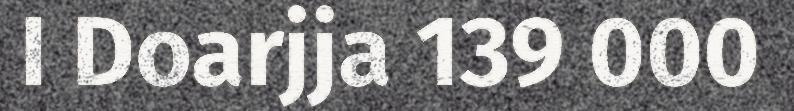
I Doarjja 139 000